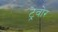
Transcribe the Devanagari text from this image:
ट्रेवोर